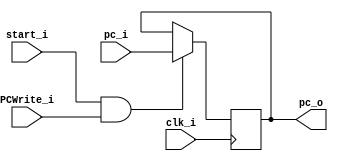
module PC
(
    clk_i,
    start_i,
    PCWrite_i,
    pc_i,
    pc_o
);

// Ports
input               clk_i, start_i, PCWrite_i;
input   [31:0]      pc_i;
output  [31:0]      pc_o;

// Wires & Registers
reg     [31:0]      pc_o;


always@(posedge clk_i) begin
  //$display("start: %d", start_i);
  //$display("PC write: %d", PCWrite_i);
  //$display("PC i: %d", pc_i);
  if(start_i && PCWrite_i)
		pc_o <= pc_i;
	else
		pc_o <= pc_o;

end

endmodule